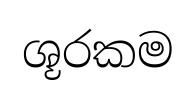
ශූරකම